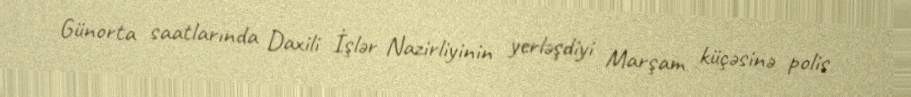
Günorta saatlarında Daxili İşlər Nazirliyinin yerləşdiyi Marşam küçəsinə polis